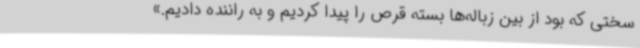
سختی که بود از بین زباله‌ها بسته قرص را پیدا کردیم و به راننده دادیم.»